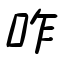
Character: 咋